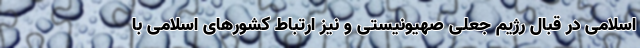
اسلامی در قبال رژیم جعلی صهیونیستی و نیز ارتباط کشورهای اسلامی با